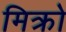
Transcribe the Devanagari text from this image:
मिक्रो